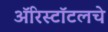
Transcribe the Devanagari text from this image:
ॲरिस्टॉटलचे